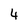
Character: 4